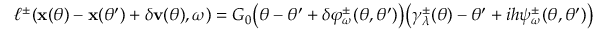
\ell ^ { \pm } ( \mathbf x ( \theta ) - \mathbf x ( \theta ^ { \prime } ) + \delta \mathbf v ( \theta ) , \omega ) = G _ { 0 } \big ( \theta - \theta ^ { \prime } + \delta \varphi _ { \omega } ^ { \pm } ( \theta , \theta ^ { \prime } ) \big ) \big ( \gamma _ { \lambda } ^ { \pm } ( \theta ) - \theta ^ { \prime } + i h \psi _ { \omega } ^ { \pm } ( \theta , \theta ^ { \prime } ) \big )